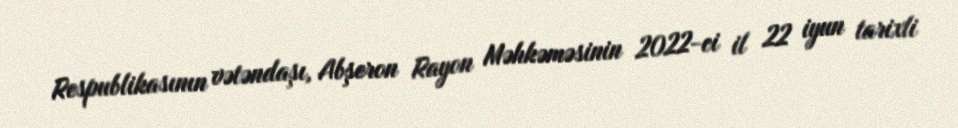
Respublikasının vətəndaşı, Abşeron Rayon Məhkəməsinin 2022-ci il 22 iyun tarixli